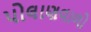
પોલાણવાળો